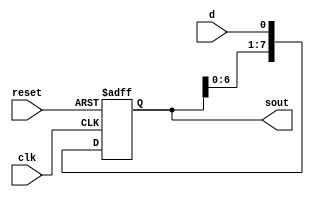
`timescale 1ns / 1ps
//////////////////////////////////////////////////////////////////////////////////
// Company: 
// Engineer: 
// 
// Design Name: 
// Module Name:    shiftreg_serialin 
// Project Name: 
// Target Devices: 
// Tool versions: 
// Description: 
//
// Dependencies: 
//
// Revision: 
// Revision 0.01 - File Created
// Additional Comments: 
//
//////////////////////////////////////////////////////////////////////////////////
module shiftreg_serialin #(parameter N = 8)(
	input wire clk,reset,
	input wire d,
	output wire [N-1:0] sout);
		reg [N-1:0] q;
	always @(posedge clk, posedge reset) begin
		if (reset) begin
			q <= 0;
		end else begin 			
				q <= {q[N-2:0], d};			
		end
	end
	assign sout = q;
endmodule